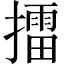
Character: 擂